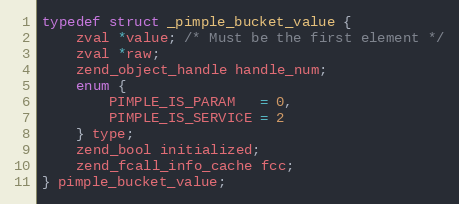
Language: C
typedef struct _pimple_bucket_value {
	zval *value; /* Must be the first element */
	zval *raw;
	zend_object_handle handle_num;
	enum {
		PIMPLE_IS_PARAM   = 0,
		PIMPLE_IS_SERVICE = 2
	} type;
	zend_bool initialized;
	zend_fcall_info_cache fcc;
} pimple_bucket_value;